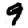
Digit: 9